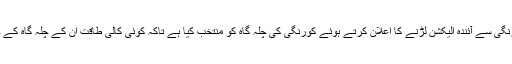
اس لئے انہوں نے کورنگی سے آئندہ الیکشن لڑنے کا اعلان کرتے ہوئے کورنگی کی چلہ گاہ کو منتخب کیا ہے تاکہ کوئی کالی طاقت ان کے چلہ گاہ کے حصار میں داخل نہ ہو۔